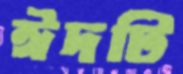
ঈদটি